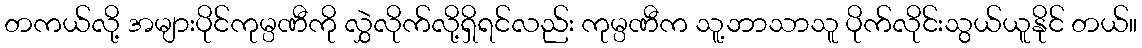
တကယ်လို့ အများပိုင်ကုမ္ပဏီကို လွှဲလိုက်လို့ရှိရင်လည်း ကုမ္ပဏီက သူ့ဘာသာသူ ပိုက်လိုင်းသွယ်ယူနိုင် တယ်။